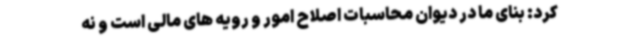
کرد: بنای ما در دیوان محاسبات اصلاح امور و رویه های مالی است و نه